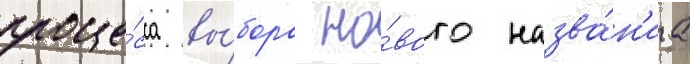
проце́сса вы́бора но́вого назва́н'иа